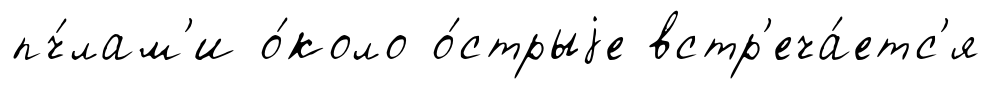
пч́лам'и о́коло о́стрыjе встр'еча́етс'я